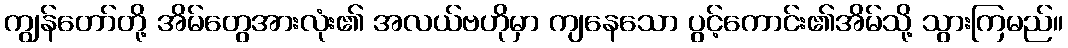
ကျွန်တော်တို့ အိမ်တွေအားလုံး၏ အလယ်ဗဟိုမှာ ကျနေသော ပွင့်ကောင်း၏အိမ်သို့ သွားကြမည်။